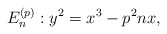
\begin{align*}E_n^{(p)}: y^2=x^3-p^2nx,\end{align*}